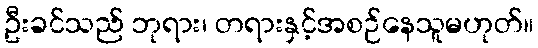
ဦးခင်သည် ဘုရား၊ တရားနှင့်အစဉ်နေသူမဟုတ်။